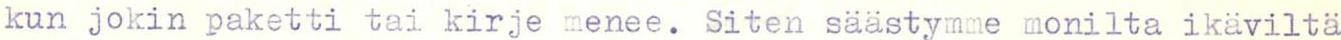
kun jokin paketti tai kirje menee. Siten säästymme monilta ikäviltä